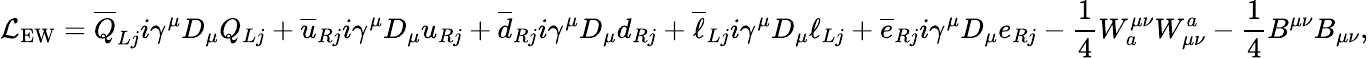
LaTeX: {\mathcal{L}}_{\mathrm{EW}}={\overline{{Q}}}_{Lj}i\gamma^{\mu}D_{\mu}Q_{Lj}+{\overline{{u}}}_{Rj}i\gamma^{\mu}D_{\mu}u_{Rj}+{\overline{{d}}}_{Rj}i\gamma^{\mu}D_{\mu}d_{Rj}+{\overline{{\ell}}}_{Lj}i\gamma^{\mu}D_{\mu}\ell_{Lj}+{\overline{{e}}}_{Rj}i\gamma^{\mu}D_{\mu}e_{Rj}-{\frac{1}{4}}W_{a}^{\mu\nu}W_{\mu\nu}^{a}-{\frac{1}{4}}B^{\mu\nu}B_{\mu\nu},